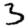
Digit: 3